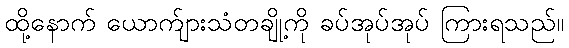
ထို့နောက် ယောက်ျားသံတချို့ကို ခပ်အုပ်အုပ် ကြားရသည်။